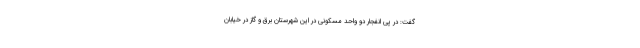
گفت: در پی انفجار دو واحد مسکونی در این شهرستان برق و گاز در خیابان